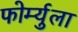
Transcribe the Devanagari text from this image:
फोर्म्युला